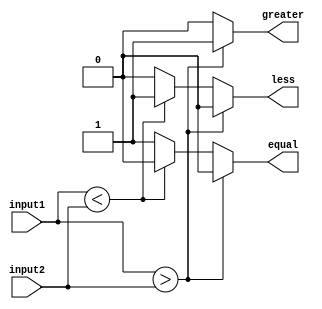
module comparator (
   input wire [7:0] input1,
   input wire [7:0] input2,
   output reg greater,
   output reg less,
   output reg equal
);
  
  always @* begin
    if (input1 > input2) begin
      greater = 1;
      less = 0;
      equal = 0;
    end else if (input1 < input2) begin
      greater = 0;
      less = 1;
      equal = 0;
    end else begin
      greater = 0;
      less = 0;
      equal = 1;
    end
  end
  
endmodule